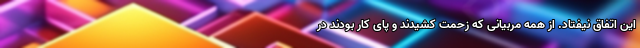
این اتفاق نیفتاد. از همه مربیانی که زحمت کشیدند و پای کار بودند در